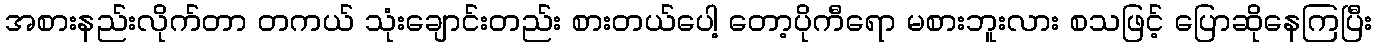
အစားနည်းလိုက်တာ တကယ် သုံးချောင်းတည်း စားတယ်ပေါ့ တော့ပိုကီရော မစားဘူးလား စသဖြင့် ပြောဆိုနေကြပြီး